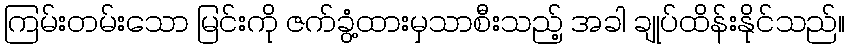
ကြမ်းတမ်းသော မြင်းကို ဇက်ခွံ့ထားမှသာစီးသည့် အခါ ချုပ်ထိန်းနိုင်သည်။